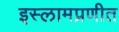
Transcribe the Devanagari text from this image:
इस्लामप्रणीत